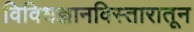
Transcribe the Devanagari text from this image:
विविधज्ञानविस्तारातून